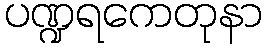
ပဏ္ဍရကေတုနာ